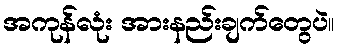
အကုန်လုံး အားနည်းချက်တွေပဲ။